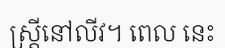
ស្ត្រីនៅលីវ។ ពេល នេះ